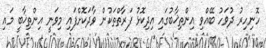
ހޮނިހިރު ދުވަހު ބޭއްވި އިންތިޚާބުގައި އިދިކޮޅު ފަރާތްތަކުން ވާދަކޮށްފައި މިވަނީ އިންތިޚާބީ މައި